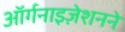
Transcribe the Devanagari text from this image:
ऑर्गनाइज़ेशनने